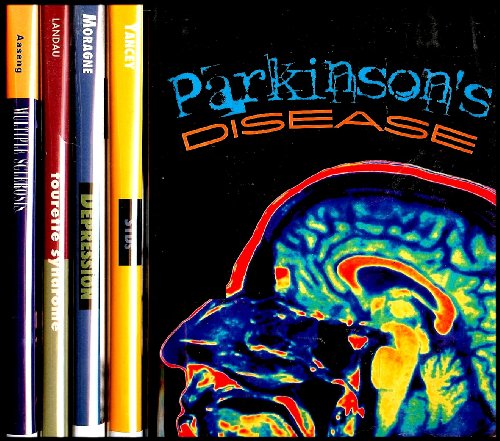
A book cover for Franklin Watts Medical Library 5 Book Set: Parkinson's Disease / STDs / Depression / Tourette Syndrome / Multiple Sclerosis [5 Hardcovers] Grades 5-12; Elaine Landau; Health, Fitness & Dieting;